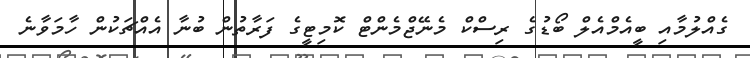
ގެއްލުމާއި ބީއެމްއެލް ބޯޑުގެ ރިސްކް މެނޭޖްމެންޓް ކޮމިޓީގެ ފަރާތުން ބުނާ އެއްޗަކުން ހާމަވާނެ